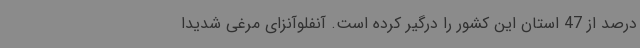
درصد از 47 استان این کشور را درگیر کرده است. آنفلوآنزای مرغی شدیدا